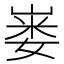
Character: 𪩇